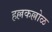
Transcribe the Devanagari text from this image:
हल्लकल्लोळ